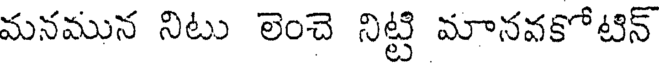
మనమున నిటు లెంచె నిట్టి మానవకోటిన్